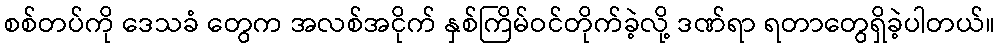
စစ်တပ်ကို ဒေသခံ တွေက အလစ်အငိုက် နှစ်ကြိမ်ဝင်တိုက်ခဲ့လို့ ဒဏ်ရာ ရတာတွေရှိခဲ့ပါတယ်။